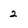
Character: 2